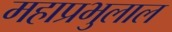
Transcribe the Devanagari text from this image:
महाप्रभुलाल